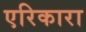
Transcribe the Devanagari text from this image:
एरिकारा